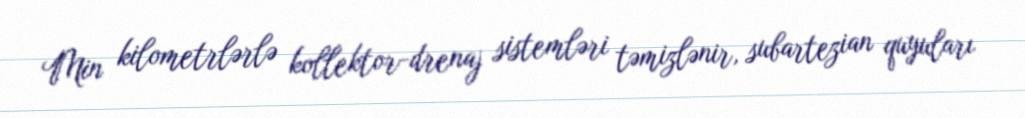
Min kilometrlərlə kollektor-drenaj sistemləri təmizlənir, subartezian quyuları